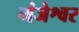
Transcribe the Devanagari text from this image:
मंजेश्वर